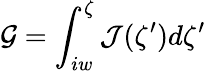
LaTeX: \mathcal{G}=\int_{iw}^{\zeta}\mathcal{J}(\zeta^{\prime})d\zeta^{\prime}